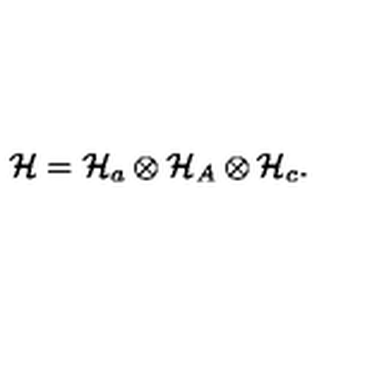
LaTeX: { \cal H } = { \cal H } _ { a } \otimes { \cal H } _ { A } \otimes { \cal H } _ { c } .